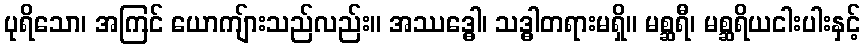
ပုရိသော၊ အကြင် ယောကျ်ားသည်လည်း။ အဿဒ္ဓေါ၊ သဒ္ဓါတရားမရှိ။ မစ္ဆရီ၊ မစ္ဆရိယငါးပါးနှင့်